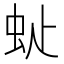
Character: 𧉆